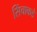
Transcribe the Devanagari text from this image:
सिंचाकडे